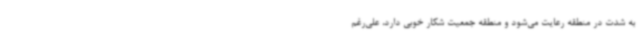
به شدت در منطقه رعایت می‌شود و منطقه جمعیت شکار خوبی دارد، علی‌رغم